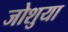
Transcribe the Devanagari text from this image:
जोशुया